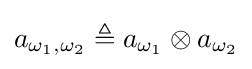
a_{\omega _{1},\omega _{2}}\triangleq a_{\omega _{1}}\otimes a_{\omega _{2}}